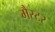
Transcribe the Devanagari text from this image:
मैस्टर